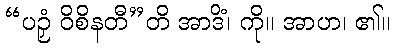
“ပဉှံ ဝိစိနတီ”တိ အာဒိံ၊ ကို။ အာဟ၊ ၏။